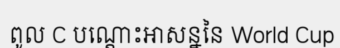
ពូល C បណ្តោះអាសន្ននៃ World Cup